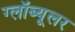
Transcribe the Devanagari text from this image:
ग्लॉब्यूलर